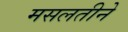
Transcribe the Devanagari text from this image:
मसलतीने